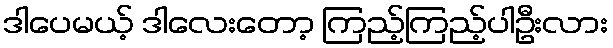
ဒါပေမယ့် ဒါလေးတော့ ကြည့်ကြည့်ပါဦးလား